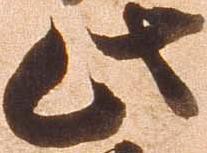
此